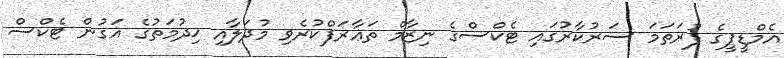
އެމްޑީޕީގެ ފުރަތަމަ ސަރުކާރުގައި ޓެކްސްގެ ނިޒާމް ތަޢާރަފްކުރެވި މުދަލާއި ޚިދުމަތުގެ އަގުން ޓެކްސް